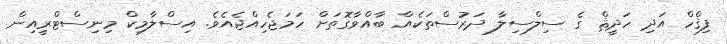
ފިޤްހް އަދި ހަދީޘް ގެ ސިލްސިލާ ދަރުސްތަކެއް ބާއްވާގޮތަށް ހަމަޖެހިއްޖެއެވެ. އިސްލާމިކް މިނިސްޓްރީއިން